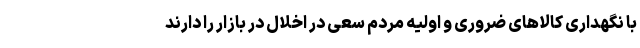
با نگهداری کالاهای ضروری و اولیه مردم سعی در اخلال در بازار را دارند